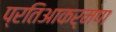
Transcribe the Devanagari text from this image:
प्रतिआकर्मण